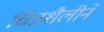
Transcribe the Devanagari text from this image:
चित्रशैलीने